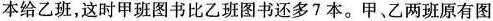
本给乙班，这时甲班图书比乙班图书还多 7 本。甲、乙两班原有图